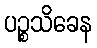
ပဉ္စသိခေန